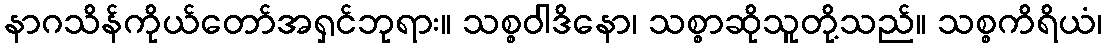
နာဂသိန်ကိုယ်တော်အရှင်ဘုရား။ သစ္စဝါဒိနော၊ သစ္စာဆိုသူတို့သည်။ သစ္စကိရိယံ၊